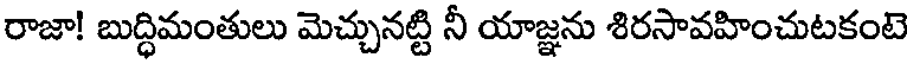
రాజా! బుద్ధిమంతులు మెచ్చునట్టి నీ యాజ్ఞను శిరసావహించుటకంటె